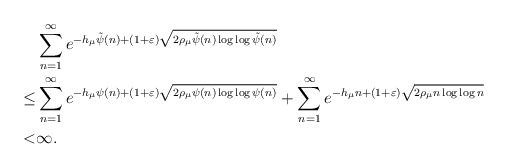
\begin{align*}&\sum_{n=1}^\infty e^{-h_\mu\tilde{\psi}(n)+(1+\varepsilon)\sqrt{2\rho_\mu\tilde{\psi}(n)\log\log\tilde{\psi}(n)}}\\\leq &\sum_{n=1}^\infty e^{-h_\mu\psi(n)+(1+\varepsilon)\sqrt{2\rho_\mu\psi(n)\log\log\psi(n)}}+\sum_{n=1}^\infty e^{-h_\mu n+(1+\varepsilon)\sqrt{2\rho_\mu n\log\log n}}\\<&\infty.\end{align*}